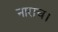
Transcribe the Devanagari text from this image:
नाराच।